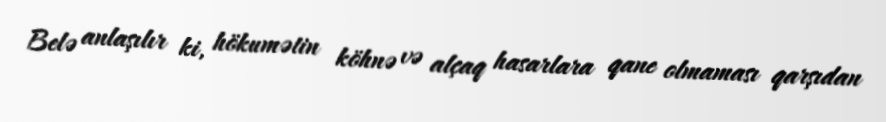
Belə anlaşılır ki, hökumətin köhnə və alçaq hasarlara qane olmaması qarşıdan